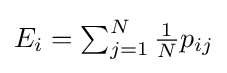
E_{i}=\textstyle \sum _{j=1}^{N}{\frac {1}{N}}p_{ij}